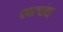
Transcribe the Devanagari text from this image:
पणत्यांचा